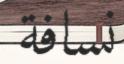
نسافة